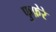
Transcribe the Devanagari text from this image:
फुफ़ेरे